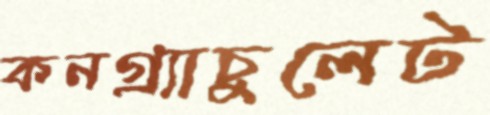
কনগ্র্যাচুলেট